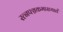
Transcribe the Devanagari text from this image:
रत्‍नपञ्चकमाख्यातं